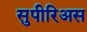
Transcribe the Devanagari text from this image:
सुपीरिअस